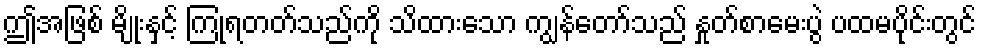
ဤအဖြစ် မျိုးနှင့် ကြုံရတတ်သည်ကို သိထားသော ကျွန်တော်သည် နှုတ်စာမေးပွဲ ပထမပိုင်းတွင်